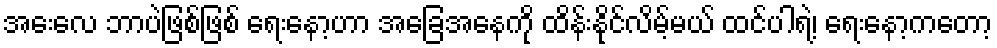
အေးလေ ဘာပဲဖြစ်ဖြစ် ရေးနော့ဟာ အခြေအနေကို ထိန်းနိုင်လိမ့်မယ် ထင်ပါရဲ့၊ ရေးနော့ကတော့